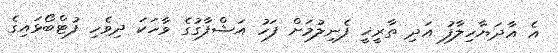
އެ އާދަޔާހިލާފު އަދި ތާރީޚީ ފެނިލުމަށް ފަހު އަޝްފާގުގެ ވާހަކަ ދިވެހި ފުޓްބޯޅައިގެ